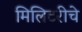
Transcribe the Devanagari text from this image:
मिलिटरीचे